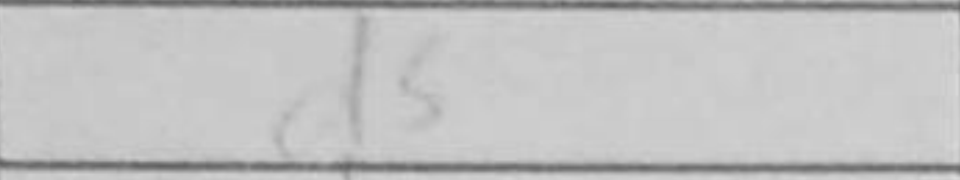
Transcription: d5